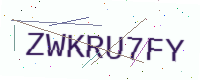
Text: ZWKRU7FY